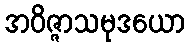
အဝိဇ္ဇာသမုဒယော